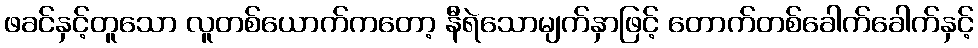
ဖခင်နှင့်တူသော လူတစ်ယောက်ကတော့ နီရဲသောမျက်နှာဖြင့် တောက်တစ်ခေါက်ခေါက်နှင့်